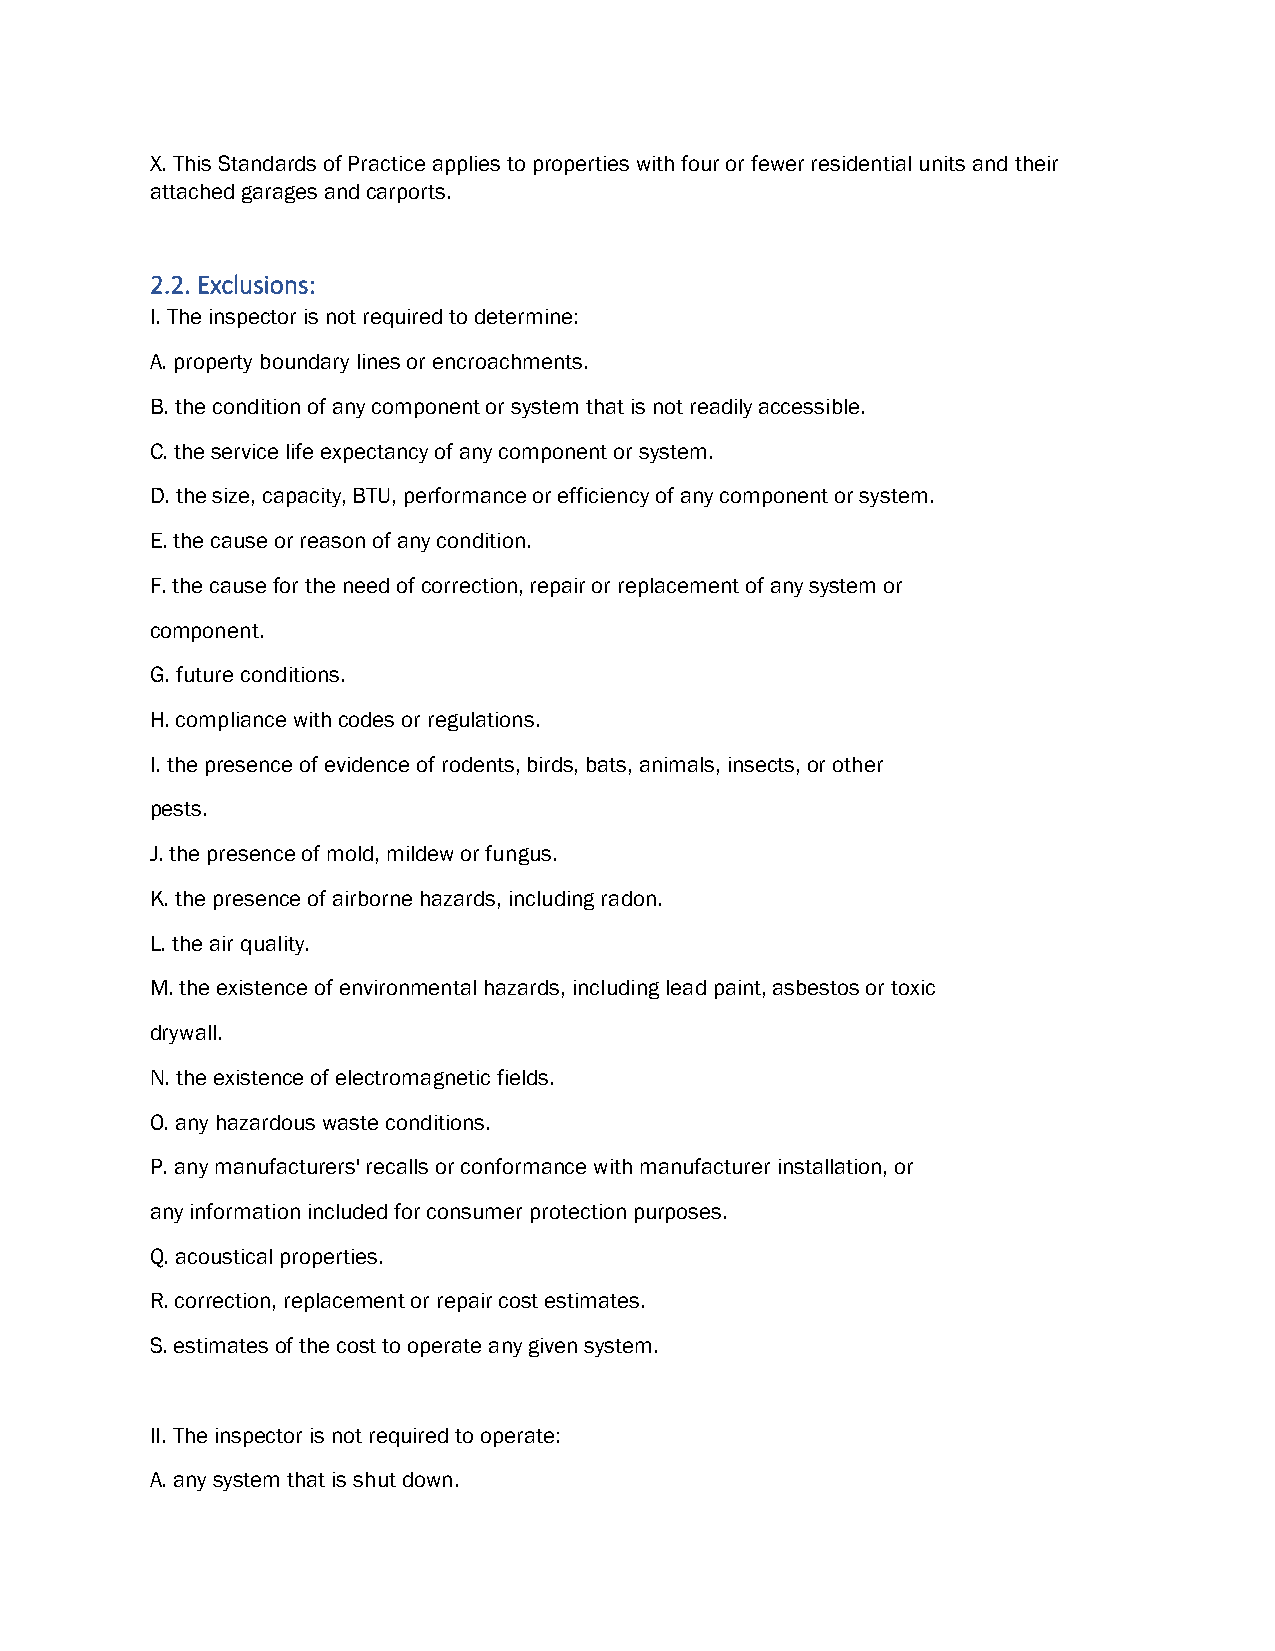
X. This Standards of Practice applies to properties with four or fewer residential units and their
 attached garages and carports.
 2.2. Exclusions:
 I. The inspector is not required to determine:
 A. property boundary lines or encroachments.
 B. the condition of any component or system that is not readily accessible.
 C. the service life expectancy of any component or system.
 D. the size, capacity, BTU, performance or efficiency of any component or system.
 E. the cause or reason of any condition.
 F. the cause for the need of correction, repair or replacement of any system or
 component.
 G. future conditions.
 H. compliance with codes or regulations.
 I. the presence of evidence of rodents, birds, bats, animals, insects, or other
 pests.
 J. the presence of mold, mildew or fungus.
 K. the presence of airborne hazards, including radon.
 L. the air quality.
 M. the existence of environmental hazards, including lead paint, asbestos or toxic
 drywall.
 N. the existence of electromagnetic fields.
 O. any hazardous waste conditions.
 P. any manufacturers' recalls or conformance with manufacturer installation, or
 any information included for consumer protection purposes.
 Q. acoustical properties.
 R. correction, replacement or repair cost estimates.
 S. estimates of the cost to operate any given system.
 II. The inspector is not required to operate:
 A. any system that is shut down.